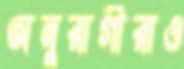
অনুরাগীরাও